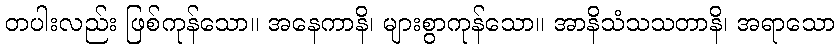
တပါးလည်း ဖြစ်ကုန်သော။ အနေကာနိ၊ များစွာကုန်သော။ အာနိသံသသတာနိ၊ အရာသော